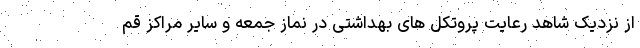
از نزدیک شاهد رعایت پروتکل های بهداشتی در نماز جمعه و سایر مراکز قم